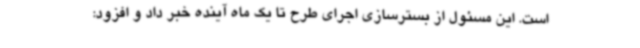
است. این مسئول از بسترسازی اجرای طرح تا یک ماه آینده خبر داد و افزود: